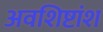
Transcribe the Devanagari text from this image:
अवशिष्टांश